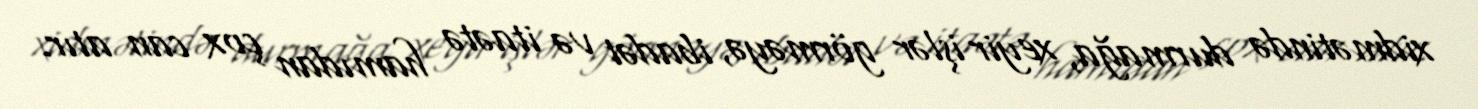
xidmətində durmağa, xeyir işlər görməyə, ibadət və itaətə hamıdan çox can atır.